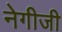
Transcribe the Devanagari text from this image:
नेगीजी